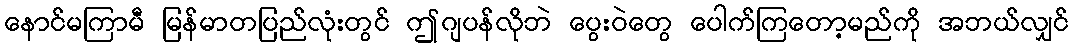
နောင်မကြာမီ မြန်မာတပြည်လုံးတွင် ဤဂျပန်လိုဘဲ ပွေးဝဲတွေ ပေါက်ကြတော့မည်ကို အဘယ်လျှင်